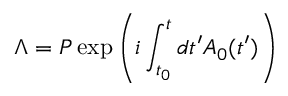
\Lambda = P \exp \left( i \int _ { t _ { 0 } } ^ { t } d t ^ { \prime } A _ { 0 } ( t ^ { \prime } ) \right)